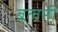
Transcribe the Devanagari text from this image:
बलनी